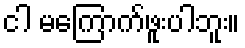
ငါ မကြောက်ဖူးပါဘူး။